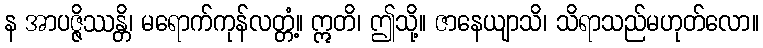
န အာပဇ္ဇိဿန္တိ၊ မရောက်ကုန်လတ္တံ့။ ဣတိ၊ ဤသို့။ ဇာနေယျာသိ၊ သိရာသည်မဟုတ်လော။